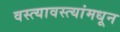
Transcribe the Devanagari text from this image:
वस्त्यावस्त्यांमधून